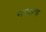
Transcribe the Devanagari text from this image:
मराठाच